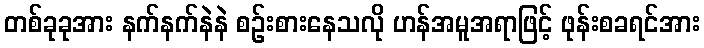
တစ်ခုခုအား နက်နက်နဲနဲ စဉ်းစားနေသလို ဟန်အမူအရာဖြင့် ဖုန်းစခရင်အား